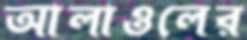
আলাওলের